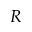
R